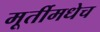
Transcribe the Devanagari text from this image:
मूर्तीमधेच